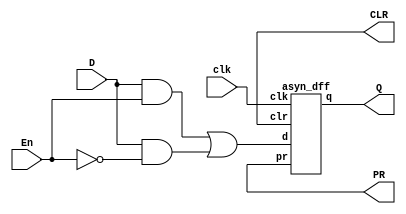
module asyn_dff_en(
	input D, clk, En,
	output Q, PR, CLR
	);
	wire and1,and2,enb,or1;
	
	asyn_dff d1(.d(or1),
					.clk(clk), 
					.q(Q), 
					.pr(PR), 
					.clr(CLR)
				);

	assign and1 = D & En;
	assign and2 = D & ~En;
	assign or1 = and1 | and2;
	
endmodule

module asyn_dff(
	input d, clk, pr, clr,
	output q
	);
	wire or1,or2,or3,or4;
	
	assign or1 = ~pr | (d & clr & ~clk) | ~or2;
	assign or2 = ~or1 | (pr & ~clk & ~d) | ~clr;
	assign q = ~pr | (or1 & clk) | ~or4;
	assign or4 = ~q | (clk & or2) | ~clr;

	
endmodule